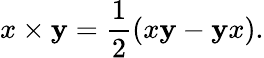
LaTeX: x\times\mathbf{y}={\frac{{1}}{{2}}}(x\mathbf{y}-\mathbf{y}x).